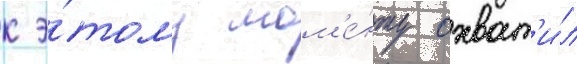
к э́тому мом'е́нту охват'и́л